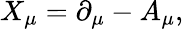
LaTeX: X_{\mu}=\partial_{\mu}-A_{\mu},